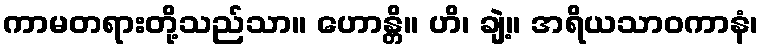
ကာမတရားတို့သည်သာ။ ဟောန္တိ။ ဟိ၊ ချဲ့။ အရိယသာဝကာနံ၊